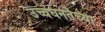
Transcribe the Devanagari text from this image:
उच्चघनतेच्या